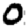
Digit: 0